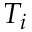
T _ { i }